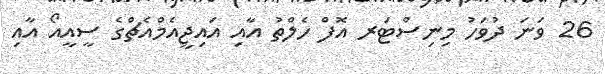
26 ވަނަ ދުވަހު މިނިސްޓަރ އޮފް ހެލްތު އާއި އައިޖީއެމްއެޗްގެ ސީއީއޯ އާއި